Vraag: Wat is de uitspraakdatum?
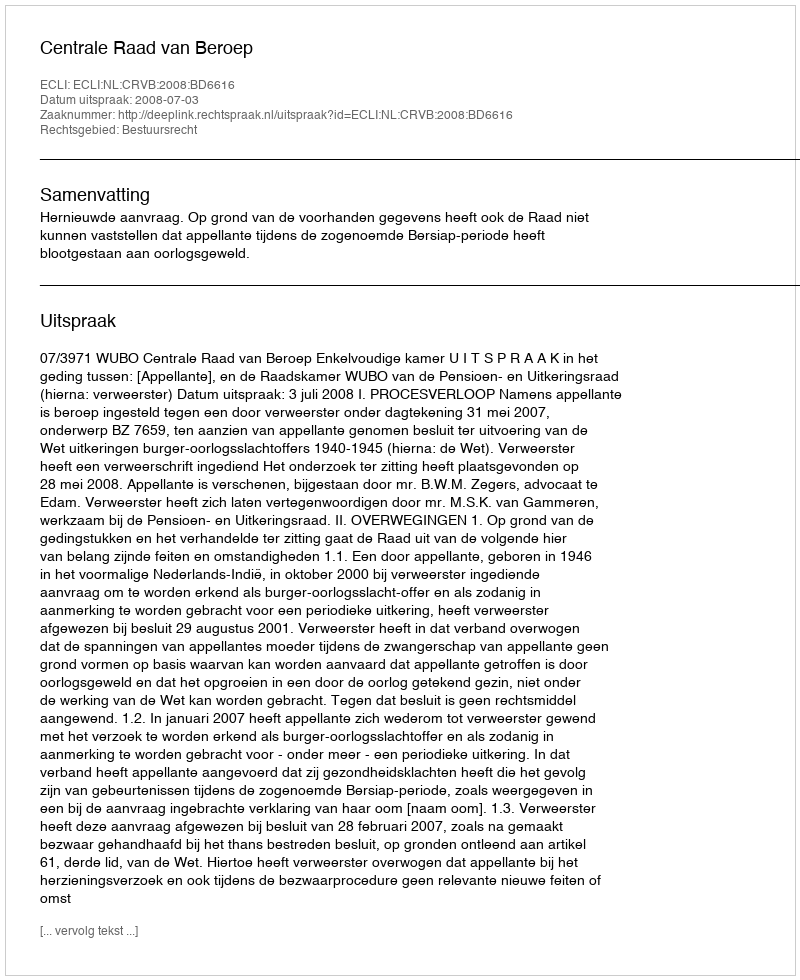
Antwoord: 2008-07-03